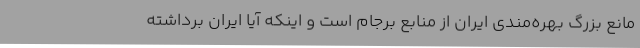
مانع بزرگ بهره‌مندی ایران از منابع برجام است و اینکه آیا ایران برداشته